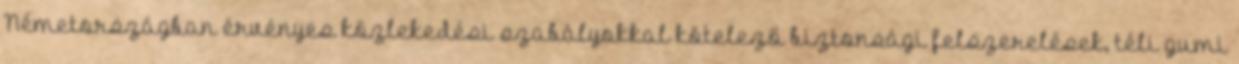
Németországban érvényes közlekedési szabályokkal kötelező biztonsági felszerelések, téli gumi